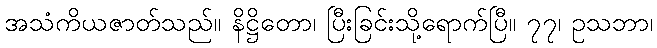
အသံကိယဇာတ်သည်။ နိဋ္ဌိတော၊ ပြီးခြင်းသို့ရောက်ပြီ။ ၇၇၊ ဥသဘာ၊